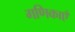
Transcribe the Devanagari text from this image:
गणिकाएँ